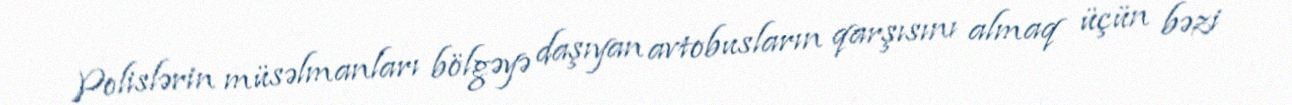
Polislərin müsəlmanları bölgəyə daşıyan avtobusların qarşısını almaq üçün bəzi